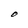
Character: O